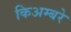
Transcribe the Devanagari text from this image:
किअम्बरे